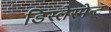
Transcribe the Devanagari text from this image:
डिस्लेस्मेन्ट